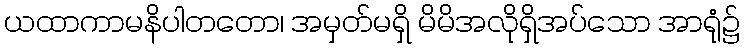
ယထာကာမနိပါတတော၊ အမှတ်မရှိ မိမိအလိုရှိအပ်သော အာရုံ၌